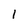
Character: 1